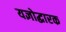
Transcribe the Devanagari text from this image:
यज्ञोद्धारक